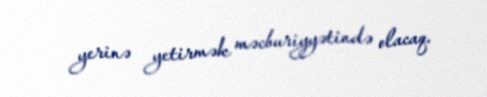
yerinə yetirmək məcburiyyətində olacaq.